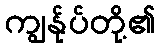
ကျွန်ုပ်တို့၏